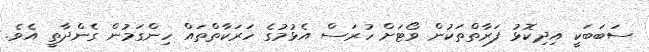
ސަބަބަކީ އިދިކޮޅު ފަރާތްތަކުން ވޯޓަށް ހުރަސް އެޅުމުގެ ހަރަކާތްތައް ހިންގަމުން ގެންދާތީ އެވެ.